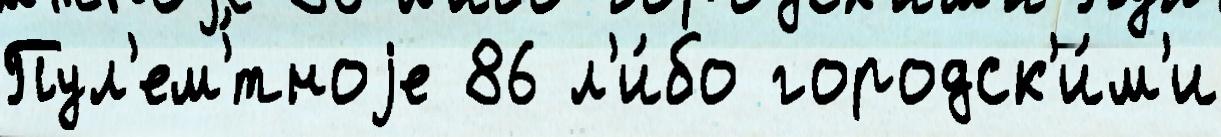
Пул'ем'́тноjе 86 л'и́бо городск'и́м'и